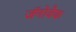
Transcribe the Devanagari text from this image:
जॅनोवैक